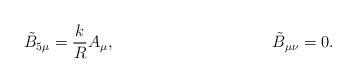
LaTeX: \begin{align*}\tilde{B}_{5 \mu}=\frac{k}{R} A_\mu,\hspace{40mm} \tilde{B}_{\mu \nu}= 0 .\end{align*}